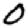
Digit: 0